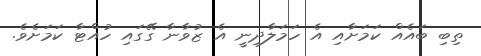
ތިބި ބައެއް ކަމަށާއި އެ ހަމަލާދިނީ އެ ޒުވާނާ ގޭގައި ހުއްޓާ ކަމަށެވެ.